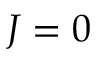
J = 0